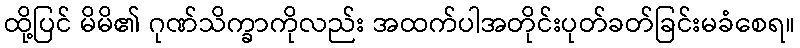
ထို့ပြင် မိမိ၏ ဂုဏ်သိက္ခာကိုလည်း အထက်ပါအတိုင်းပုတ်ခတ်ခြင်းမခံစေရ။